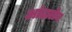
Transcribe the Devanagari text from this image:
आंदालेन